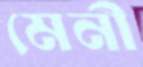
মেনী